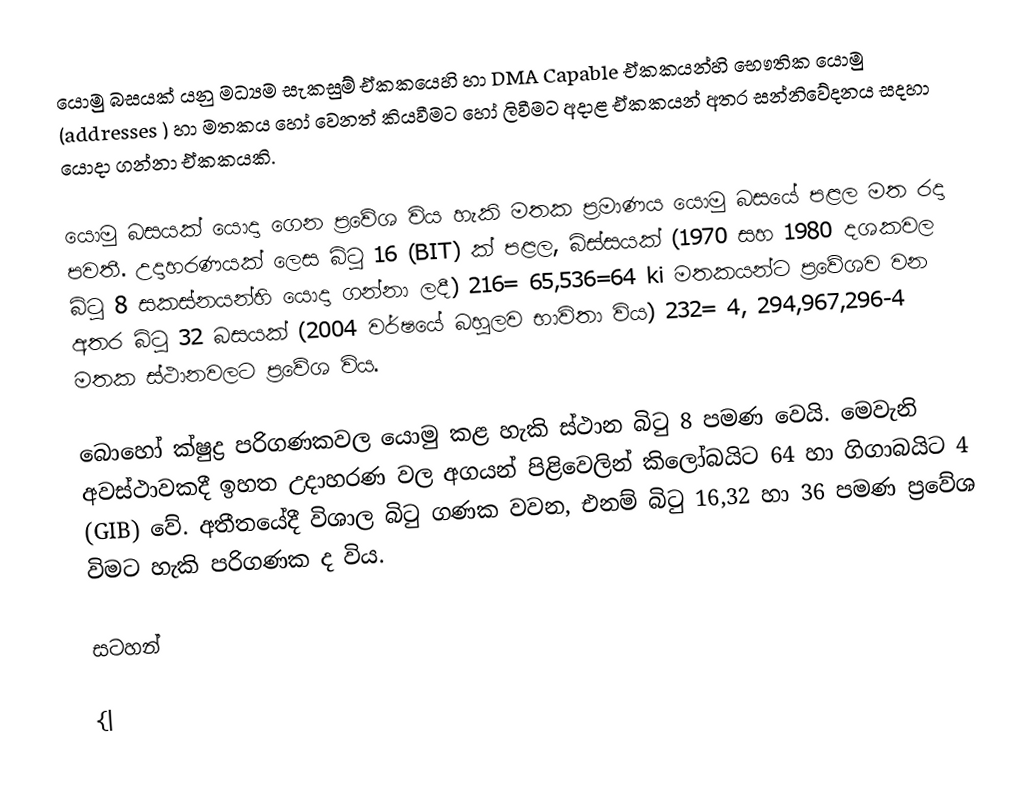
යොමු බසයක් යනු මධ්‍යම සැකසුම් ඒකකයෙහි හා DMA Capable ඒකකයන්හි භෞතික යොමු (addresses ) හා මතකය හෝ වෙනත් කියවීමට හෝ ලිවීමට අදාළ ඒකකයන් අතර සන්නිවේදනය සදහා යොදා ගන්නා ඒකකයකි.

යොමු බසයක් යොදා ගෙන ප්‍රවේශ විය හැකි මතක ප්‍රමාණය යොමු බසයේ පළල මත රදා පවතී. උදාහරණයක් ලෙස බිටු 16 (BIT) ක් පළල, බිස්සයක් (1970 සහ 1980 දශකවල බිටු 8 සකස්නයන්හි යොදා ගන්නා ලදී) 216= 65,536=64 ki මතකයන්ට ප්‍රවේශව වන අතර බිටු 32 බසයක් (2004 වර්ෂයේ බහුලව භාවිතා විය) 232= 4, 294,967,296-4 මතක ස්ථානවලට ප්‍රවේශ විය.

බොහෝ ක්ෂුද්‍ර පරිගණකවල යොමු කළ හැකි ස්ථාන බිටු 8 පමණ වෙයි. මෙවැනි අවස්ථාවකදී ඉහත උදාහරණ වල අගයන් පිළිවෙලින් කිලෝබයිට 64 හා ගිගාබයිට 4 (GIB) වේ. අතීතයේදී විශාල බිටු ගණක වවන, එනම් බිටු 16,32 හා 36 පමණ ප්‍රවේශ විමට හැකි පරිගණක ද විය.

සටහන්

{|